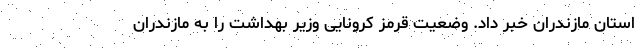
استان مازندران خبر داد. وضعیت قرمز کرونایی وزیر بهداشت را به مازندران